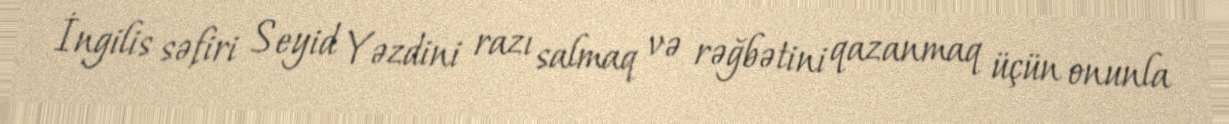
İngilis səfiri Seyid Yəzdini razı salmaq və rəğbətini qazanmaq üçün onunla